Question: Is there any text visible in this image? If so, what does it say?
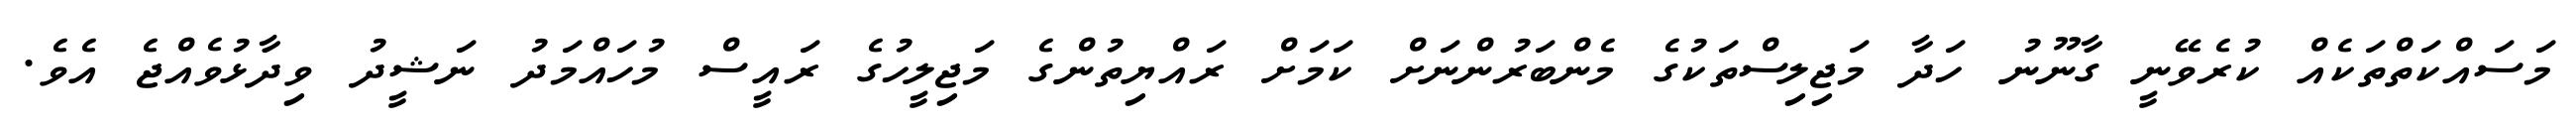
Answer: މަސައްކަތްތަކެއް ކުރެވޭނީ ގާނޫނު ހަދާ މަޖިލިސްތަކުގެ މެންބަރުންނަށް ކަމަށް ރައްޔިތުންގެ މަޖިލީހުގެ ރައީސް މުހައްމަދު ނަޝީދު ވިދާޅުވެއްޖެ އެވެ.